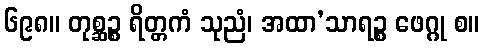
၆၉၈။ တုစ္ဆဉ္စ ရိတ္တကံ သုညံ၊ အထာ’သာရဉ္စ ဖေဂ္ဂု စ။